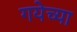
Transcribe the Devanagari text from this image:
गयेच्या